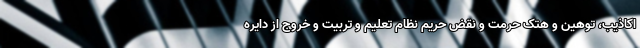
اکاذیب، توهین و هتک حرمت و نقض حریم نظام تعلیم و تربیت و خروج از دایره